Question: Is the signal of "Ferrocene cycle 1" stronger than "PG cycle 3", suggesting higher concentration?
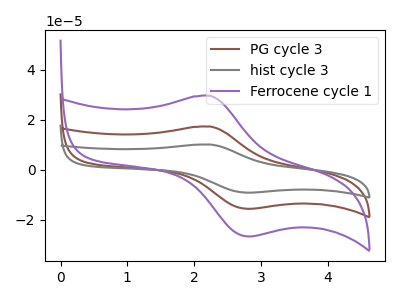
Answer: <think>The brown curve "PG cycle 3" has an anodic peak at (2.25V, 17.35uA) and a cathodic peak at (2.85V, -15.55uA). The gray curve "hist cycle 3" has an anodic peak at (2.25V, 34.65uA) and a cathodic peak at (2.85V, -31.10uA). The purple curve "Ferrocene cycle 1" has an anodic peak at (2.25V, 29.65uA) and a cathodic peak at (2.85V, -26.60uA).
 All the peaks in "Ferrocene cycle 1" have a peak in "PG cycle 3" at the same potential. Every peak in "Ferrocene cycle 1" is higher than every peak in "PG cycle 3".</think>
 <answer>"Ferrocene cycle 1" has more signal than "PG cycle 3" and so likely has a higher concentration.</answer>
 <eval>more_concentration</eval>